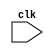
`timescale 1ns / 1ps
//////////////////////////////////////////////////////////////////////////////////
// Company: 
// Engineer: 
// 
// Design Name: 
// Module Name: top_module
// Project Name: 
// Target Devices: 
// Tool Versions: 
// Description: 
// 
// Dependencies: 
// 
// Revision:
// Revision 0.01 - File Created
// Additional Comments:
// 
//////////////////////////////////////////////////////////////////////////////////


module top_module(
    input clk
    );
endmodule